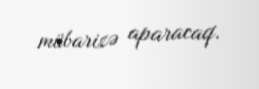
mübarizə aparacaq.